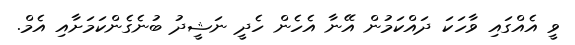
ވީ އެއްގައި ވާހަކަ ދައްކަމުން އޭނާ އެހެން ހެދީ ނަޝީދު ބުނެގެންކަމަށާއި އެމް.